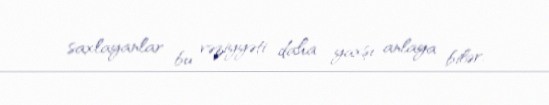
saxlayanlar bu vəziyyəti daha yaxşı anlaya bilər.